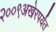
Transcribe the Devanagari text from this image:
२००९अखेरपर्यंत